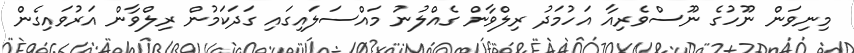
މިނިވަން ނޫހުގެ ނޫސްވެރިއާ އަހުމަދު ރިލްވާން ގެއްލުނު މައްސަލައިގައި ގަދަކަމުން ރިލްވާން އަރުވައިގެން